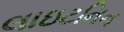
લાઇટનિન